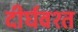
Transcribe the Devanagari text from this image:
दीर्घवश्त